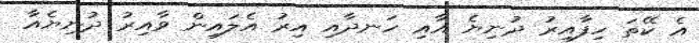
އެ ކޭތަ ހިފާއިރު ދުނިޔެ އާއި ހަނދާއި އިރު އެލައިން ވާއިރު ދުނިޔެއާ